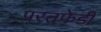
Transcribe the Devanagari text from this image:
परतफेडी